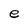
Character: e